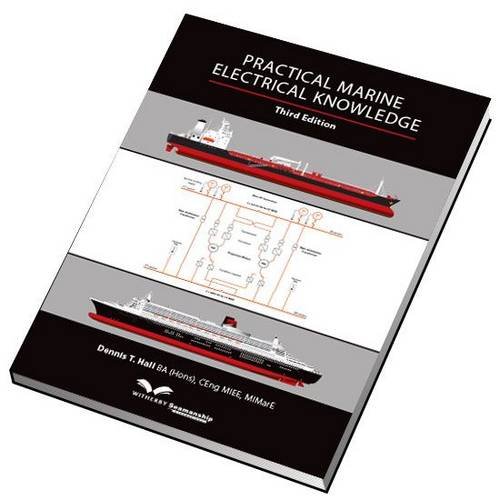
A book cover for Practical Marine Electrical Knowledge; Dennis T. Hall; Engineering & Transportation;